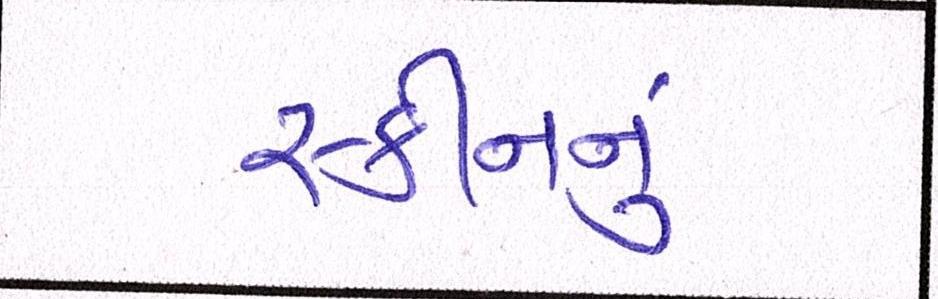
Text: સ્કીનનું